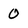
Character: 0